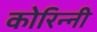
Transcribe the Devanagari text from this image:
कोरिन्नी